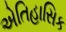
એતિહાસિક